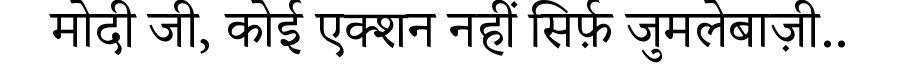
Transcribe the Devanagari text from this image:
मोदी जी, कोई एक्शन नहीं सिर्फ़ जुमलेबाज़ी..